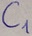
Text: C1